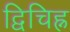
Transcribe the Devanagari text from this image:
द्विचिह्न